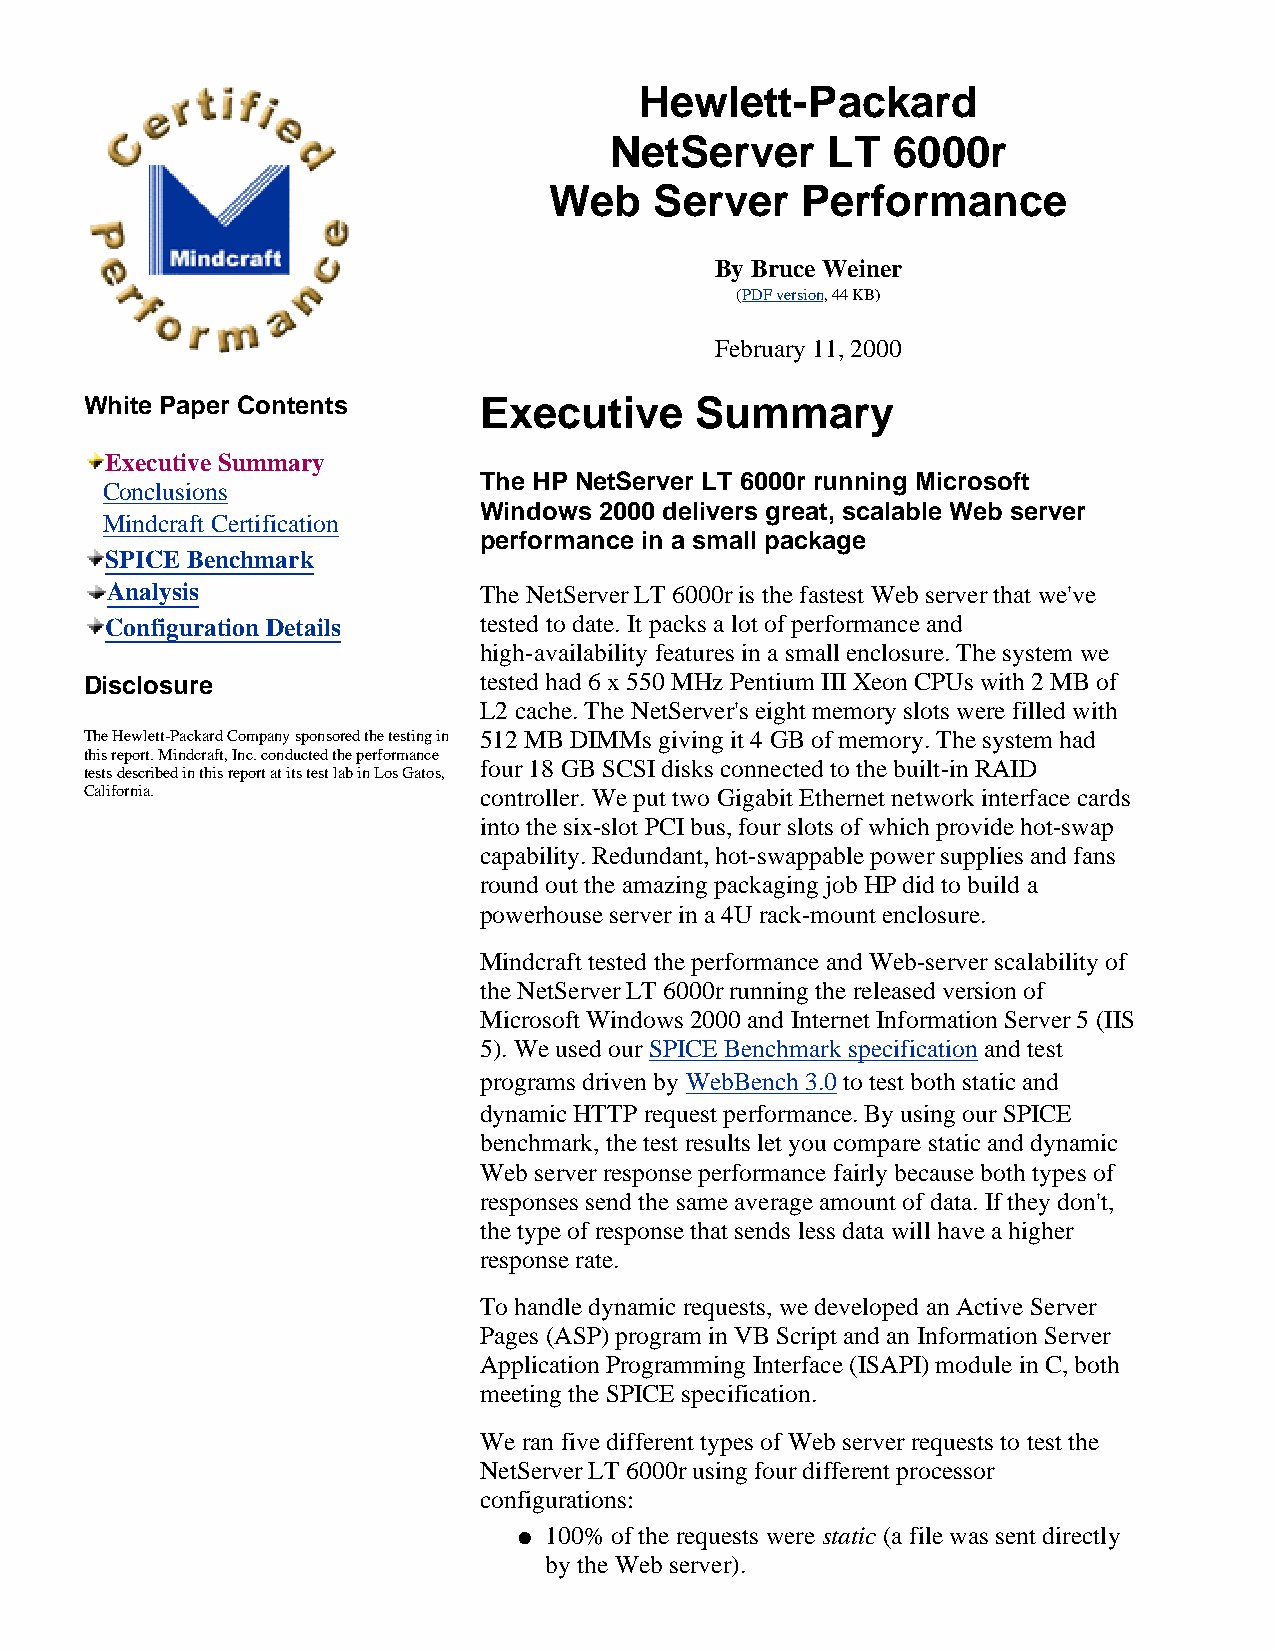
Hewlett-Packard
 NetServer      LT  6000r
 Web    Server    Performance
 By Bruce Weiner
 (PDF version, 44 KB)
 February 11, 2000
 White Paper Contents      Executive     Summary
 Executive Summary
 The HP NetServer LT 6000r running Microsoft
 Conclusions
 Windows 2000 delivers great, scalable Web server
 Mindcraft Certification
 performance in a small package
 SPICE Benchmark
 Analysis                 The NetServer LT 6000r is the fastest Web server that we've
 Configuration Details    tested to date. It packs a lot of performance and
 high-availability features in a small enclosure. The system we
 Disclosure                tested had 6 x 550 MHz Pentium III Xeon CPUs with 2 MB of
 L2 cache. The NetServer's eight memory slots were filled with
 The Hewlett-Packard Company sponsored the testing in 512 MB DIMMs giving it 4 GB of memory. The system had
 this report. Mindcraft, Inc. conducted the performance
 four 18 GB SCSI disks connected to the built-in RAID
 tests described in this report at its test lab in Los Gatos,
 California.               controller. We put two Gigabit Ethernet network interface cards
 into the six-slot PCI bus, four slots of which provide hot-swap
 capability. Redundant, hot-swappable power supplies and fans
 round out the amazing packaging job HP did to build a
 powerhouse server in a 4U rack-mount enclosure.
 Mindcraft tested the performance and Web-server scalability of
 the NetServer LT 6000r running the released version of
 Microsoft Windows 2000 and Internet Information Server 5 (IIS
 5). We used our SPICE Benchmark specification and test
 programs driven by WebBench 3.0 to test both static and
 dynamic HTTP request performance. By using our SPICE
 benchmark, the test results let you compare static and dynamic
 Web server response performance fairly because both types of
 responses send the same average amount of data. If they don't,
 the type of response that sends less data will have a higher
 response rate.
 To handle dynamic requests, we developed an Active Server
 Pages (ASP) program in VB Script and an Information Server
 Application Programming Interface (ISAPI) module in C, both
 meeting the SPICE specification.
 We ran five different types of Web server requests to test the
 NetServer LT 6000r using four different processor
 configurations:
 l 1 00% of the requests were static (a file was sent directly
 by the Web server).